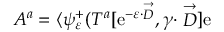
{ \cal A } ^ { a } = \langle \psi _ { \varepsilon } ^ { + } ( T ^ { a } [ \mathrm { e } ^ { - \varepsilon \cdot \stackrel { \rightarrow } { D } } , \gamma \cdot \stackrel { \rightarrow } { D } ] \mathrm { e }